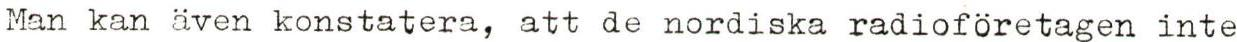
Man kan även konstatera, att de nordiska radioföretagen inte